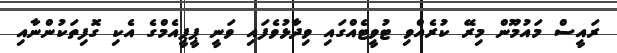
ރައީސް މައުމޫން މިރޭ ކުރެއްވި ޓުވީޓެއްގައި ވިދާޅުވެފައި ވަނީ ޕީޕީއެމްގެ އެކި ގޮފިތަކުންނާއި